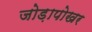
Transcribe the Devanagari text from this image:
जोड़ापोखर